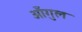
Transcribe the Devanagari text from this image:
आँगुल